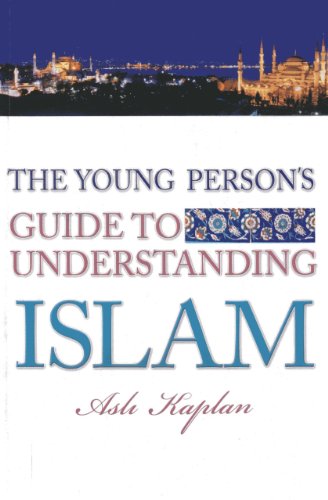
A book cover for The Young Person's Guide to Understanding Islam; Asli Kaplan; Teen & Young Adult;